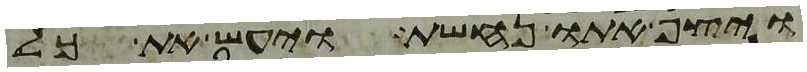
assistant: ויצף אתו נחשת ויעש את כל